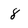
Character: 8